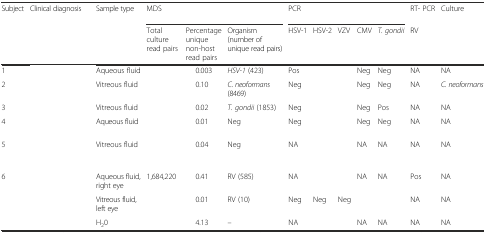
<table><thead><tr><td rowspan="2"><b>Subject</b></td><td rowspan="2"><b>Clinical diagnosis</b></td><td rowspan="2"><b>Sample type</b></td><td colspan="3"><b>MDS</b></td><td colspan="5"><b>PCR</b></td><td><b>RT- PCR</b></td><td rowspan="2"><b>Culture</b></td></tr><tr><td><b>Total culture read pairs</b></td><td><b>Percentage unique non-host read pairs</b></td><td><b>Organism (number of unique read pairs)</b></td><td><b>HSV-1</b></td><td><b>HSV-2</b></td><td><b>VZV</b></td><td><b>CMV</b></td><td><b><i>T. gondii</i></b></td><td><b>RV</b></td></tr></thead><tbody><tr><td>1</td><td>[EMPTY_CELL]</td><td>Aqueous fluid</td><td>[EMPTY_CELL]</td><td>0.003</td><td><i>HSV-1</i> (423)</td><td>Pos</td><td>[EMPTY_CELL]</td><td>[EMPTY_CELL]</td><td>Neg</td><td>Neg</td><td>NA</td><td>NA</td></tr><tr><td>2</td><td>[EMPTY_CELL]</td><td>Vitreous fluid</td><td>[EMPTY_CELL]</td><td>0.10</td><td><i>C. neoformans</i> (8469)</td><td>Neg</td><td>[EMPTY_CELL]</td><td>[EMPTY_CELL]</td><td>Neg</td><td>Neg</td><td>NA</td><td><i>C. neoformans</i></td></tr><tr><td>3</td><td>[EMPTY_CELL]</td><td>Vitreous fluid</td><td>[EMPTY_CELL]</td><td>0.02</td><td><i>T. gondii</i> (1853)</td><td>Neg</td><td>[EMPTY_CELL]</td><td>[EMPTY_CELL]</td><td>Neg</td><td>Pos</td><td>NA</td><td>NA</td></tr><tr><td>4</td><td>[EMPTY_CELL]</td><td>Aqueous fluid</td><td>[EMPTY_CELL]</td><td>0.01</td><td>Neg</td><td>Neg</td><td>[EMPTY_CELL]</td><td>[EMPTY_CELL]</td><td>Neg</td><td>Neg</td><td>NA</td><td>NA</td></tr><tr><td>5</td><td>[EMPTY_CELL]</td><td>Vitreous fluid</td><td>[EMPTY_CELL]</td><td>0.04</td><td>Neg</td><td>NA</td><td>[EMPTY_CELL]</td><td>[EMPTY_CELL]</td><td>NA</td><td>NA</td><td>NA</td><td>NA</td></tr><tr><td rowspan="2">6</td><td rowspan="2">[EMPTY_CELL]</td><td>Aqueous fluid, right eye</td><td>1,684,220</td><td>0.41</td><td>RV (585)</td><td>NA</td><td>[EMPTY_CELL]</td><td>[EMPTY_CELL]</td><td>NA</td><td>NA</td><td>Pos</td><td>NA</td></tr><tr><td>Vitreous fluid, left eye</td><td>[EMPTY_CELL]</td><td>0.01</td><td>RV (10)</td><td>Neg</td><td>Neg</td><td>Neg</td><td>[EMPTY_CELL]</td><td>[EMPTY_CELL]</td><td>NA</td><td>NA</td></tr><tr><td>[EMPTY_CELL]</td><td>[EMPTY_CELL]</td><td>H<sub>2</sub>0</td><td>[EMPTY_CELL]</td><td>4.13</td><td>–</td><td>NA</td><td>[EMPTY_CELL]</td><td>[EMPTY_CELL]</td><td>NA</td><td>NA</td><td>NA</td><td>NA</td></tr></tbody></table>